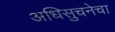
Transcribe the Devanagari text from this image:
अधिसुचनेचा